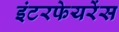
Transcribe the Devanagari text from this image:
इंटरफेयरेंस